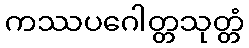
ကဿပဂေါတ္တသုတ္တံ